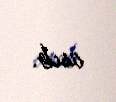
asıb.